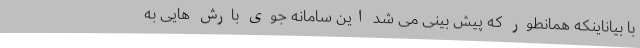
با بیاناینکه همانطور که پیش بینی می شد این سامانه جوی بارش هایی به